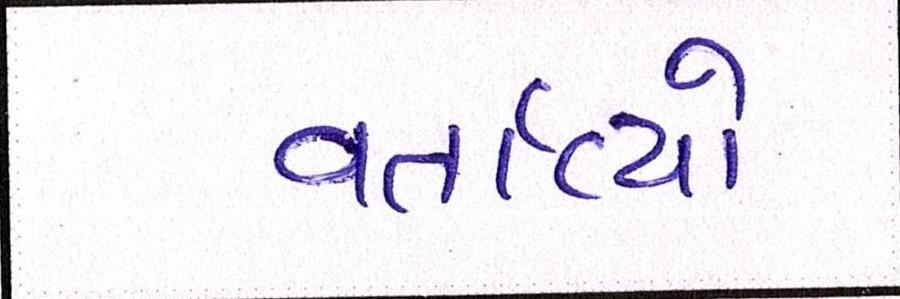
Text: વર્તાવ્યો